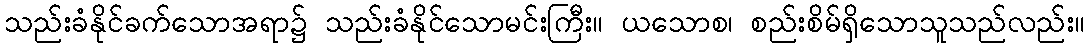
သည်းခံနိုင်ခက်သောအရာ၌ သည်းခံနိုင်သောမင်းကြီး။ ယသောစ၊ စည်းစိမ်ရှိသောသူသည်လည်း။